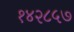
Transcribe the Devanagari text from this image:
१४२८५७